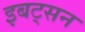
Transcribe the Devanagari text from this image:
इबट्सन